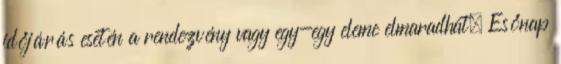
időjárás esetén a rendezvény vagy egy-egy eleme elmaradhat. Esőnap